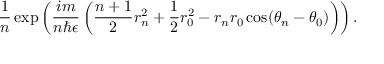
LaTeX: \frac { 1 } { n } \exp \left( \frac { i m } { n \hbar \epsilon } \left( \frac { n + 1 } { 2 } r _ { n } ^ { 2 } + \frac { 1 } { 2 } r _ { 0 } ^ { 2 } - r _ { n } r _ { 0 } \cos ( \theta _ { n } - \theta _ { 0 } ) \right) \right) .